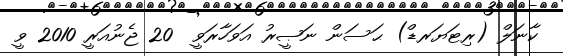
ކާނަލް (ރިޓަޔަރޑް) ޙަސަން ނަޞީރު އަވަހާރަވީ  20 ޖެނުއަރީ 2010 ވީ